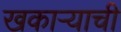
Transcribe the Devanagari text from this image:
खकाऱ्याची